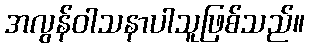
အလွန်ဝါသနာပါသူဖြစ်သည်။